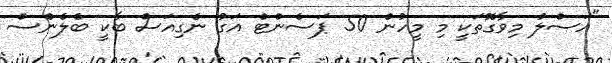
"އަސްލު މިވާގޮތަކީ މި މީހުން 50 ޕަސެންޓް އަގު ނެގިއަސް ބާކީ ބެލެންސް